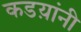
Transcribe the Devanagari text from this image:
कडय़ांनी